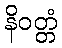
နိဝတ္တံ